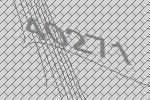
40271